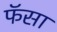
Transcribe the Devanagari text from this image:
फॅसा